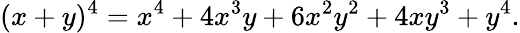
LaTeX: (x+y)^{4}=x^{4}+4x^{3}y+6x^{2}y^{2}+4xy^{3}+y^{4}.